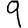
Digit: 9